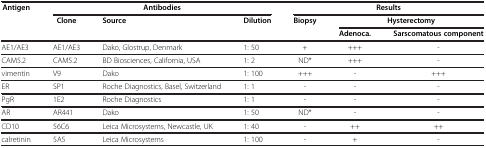
<table><thead><tr><td><b>Antigen</b></td><td colspan="3"><b>Antibodies</b></td><td colspan="3"><b>Results</b></td></tr><tr><td><b> </b></td><td><b>Clone</b></td><td><b>Source</b></td><td><b>Dilution</b></td><td><b>Biopsy</b></td><td colspan="2"><b>Hysterectomy</b></td></tr><tr><td><b> </b></td><td><b> </b></td><td><b> </b></td><td><b> </b></td><td><b> </b></td><td><b>Adenoca.</b></td><td><b>Sarscomatous component</b></td></tr></thead><tbody><tr><td>AE1/AE3</td><td>AE1/AE3</td><td>Dako, Glostrup, Denmark</td><td>1: 50</td><td>+</td><td>+++</td><td>-</td></tr><tr><td>CAM5.2</td><td>CAM5.2</td><td>BD Biosciences, California, USA</td><td>1: 2</td><td>ND*</td><td>+++</td><td>-</td></tr><tr><td>vimentin</td><td>V9</td><td>Dako</td><td>1: 100</td><td>+++</td><td>-</td><td>+++</td></tr><tr><td>ER</td><td>SP1</td><td>Roche Diagnostics, Basel, Switzerland</td><td>1: 1</td><td>-</td><td>-</td><td>-</td></tr><tr><td>PgR</td><td>1E2</td><td>Roche Diagnostics</td><td>1: 1</td><td>-</td><td>-</td><td>-</td></tr><tr><td>AR</td><td>AR441</td><td>Dako</td><td>1: 50</td><td>ND*</td><td>-</td><td>-</td></tr><tr><td>CD10</td><td>56C6</td><td>Leica Microsystems, Newcastle, UK</td><td>1: 40</td><td>-</td><td>++</td><td>++</td></tr><tr><td>calretinin</td><td>5A5</td><td>Leica Microsystems</td><td>1: 100</td><td>-</td><td>+</td><td>-</td></tr></tbody></table>